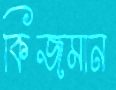
কিজমান